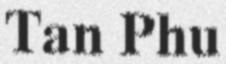
Tan Phu